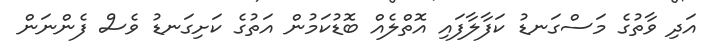
އަދި ވާތުގެ މަސްގަނޑު ކަފާލާފައި އޮތްލެއް ބޮޑުކަމުން އަތުގެ ކަށިގަނޑު ވެސް ފެންނަން